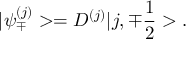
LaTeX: | { \psi } _ { \mp } ^ { ( j ) } > = D ^ { ( j ) } | j , { \mp } \frac { 1 } { 2 } > .